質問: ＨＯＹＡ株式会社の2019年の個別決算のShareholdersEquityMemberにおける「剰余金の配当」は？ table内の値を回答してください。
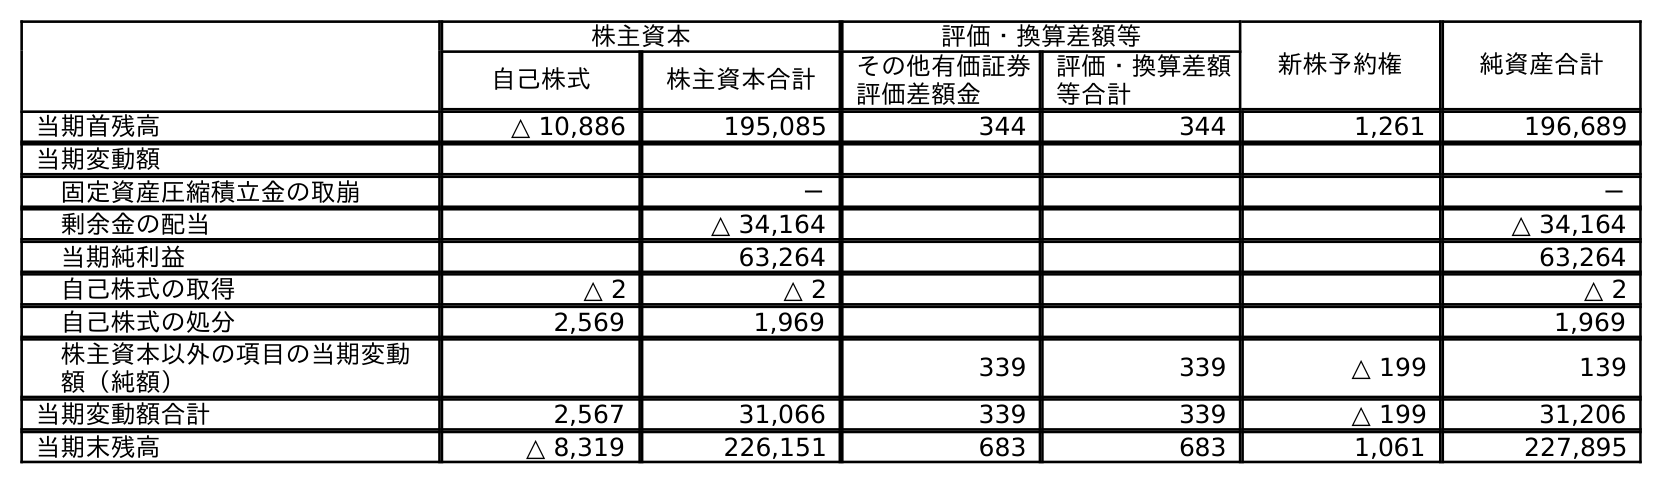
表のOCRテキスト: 株主資本 評価・換算差額等 新株予約権 純資産合計 自己株式 株主資本合計 その他有価証券 評価差額金 評価・換算差額 等合計 当期首残高 △ 10,886 195,085 344 344 1,261 196,689 当期変動額 固定資産圧縮積立金の取崩 － － 剰余金の配当 △ 34,164 △ 34,164 当期純利益 63,264 63,264 自己株式の取得 △ 2 △ 2 △ 2 自己株式の処分 2,569 1,969 1,969 株主資本以外の項目の当期変動 額（純額） 339 339 △ 199 139 当期変動額合計 2,567 31,066 339 339 △ 199 31,206 当期末残高 △ 8,319 226,151 683 683 1,061 227,895
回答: △34,164